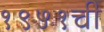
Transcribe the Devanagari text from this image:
१९५१ची